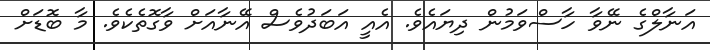
އަނާލްގެ ނޭވާ ހާސްވަމުން ދިޔައެވެ. އެއީ އަބަދުވެސް އޭނާއަށް ވާގޮތެކެވެ. މާ ބޮޑަށް